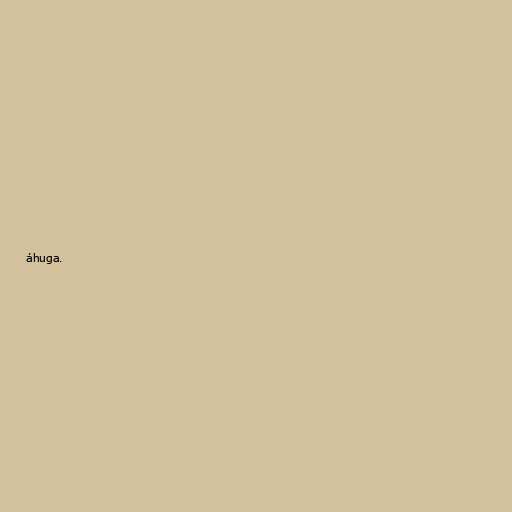
áhuga.